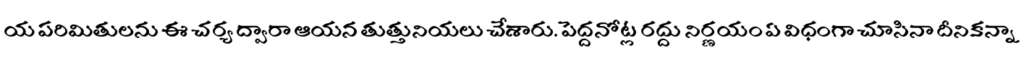
య పరిమితులను ఈ చర్య ద్వారా ఆయన తుత్తునియలు చేశారు. పెద్దనోట్ల రద్దు నిర్ణయం ఏ విధంగా చూసినా దీనికన్నా